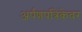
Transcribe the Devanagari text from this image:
अर्पणपत्रिकेवर